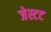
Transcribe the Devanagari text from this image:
जेस्टट